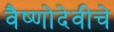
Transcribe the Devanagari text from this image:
वैष्णोदेवीचे